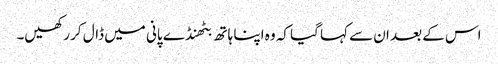
اس کے بعد ان سے کہا گیا کہ وہ اپنا ہاتھ بٹھنڈے پانی میں ڈال کر رکھیں۔